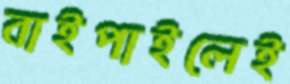
বাইপাইলেই